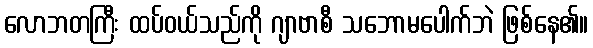
လောဘတကြီး ထပ်ဝယ်သည်ကို ဂျာဗာစီ သဘောမပေါက်ဘဲ ဖြစ်နေ၏။